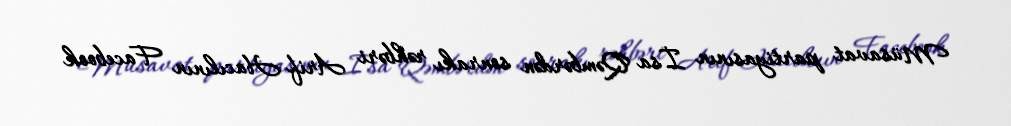
Müsavat partiyasının İsa Qəmbərdən sonrakı rəhbəri Arif Hacılının Facebook